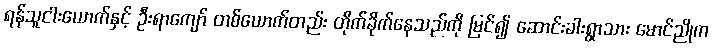
ရန်သူငါးယောက်နှင့် ဦးရာကျော် တစ်ယောက်တည်း တိုက်ခိုက်နေသည်ကို မြင်၍ ဆောင်းခါးရွာသား မောင်ညိုက